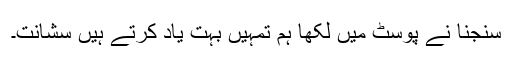
سنجنا نے پوسٹ میں لکھا ہم تمہیں بہت یاد کرتے ہیں سشانت۔